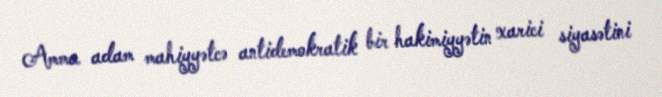
Amma adam mahiyyətcə antidemokratik bir hakimiyyətin xarici siyasətini